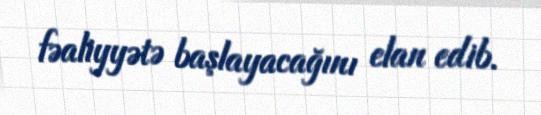
fəaliyyətə başlayacağını elan edib.